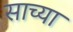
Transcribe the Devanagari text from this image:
साच्या